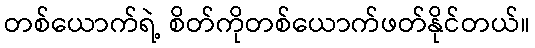
တစ်ယောက်ရဲ့ စိတ်ကိုတစ်ယောက်ဖတ်နိုင်တယ်။